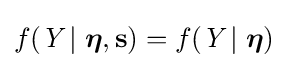
f({\textit {Y}}\mid {\boldsymbol {\eta }},{\textbf {s}})=f({\textit {Y}}\mid {\boldsymbol {\eta }})